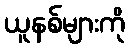
ယူနစ်များကို